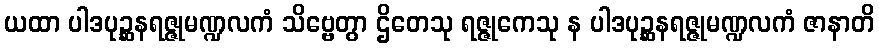
ယထာ ပါဒပုဉ္ဆနရဇ္ဇုမဏ္ဍလကံ သိဗ္ဗေတွာ ဌိတေသု ရဇ္ဇုကေသု န ပါဒပုဉ္ဆနရဇ္ဇုမဏ္ဍလကံ ဇာနာတိ